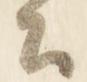
公